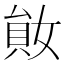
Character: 𡞩